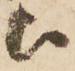
被